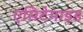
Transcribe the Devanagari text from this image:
एसिटेमाइड